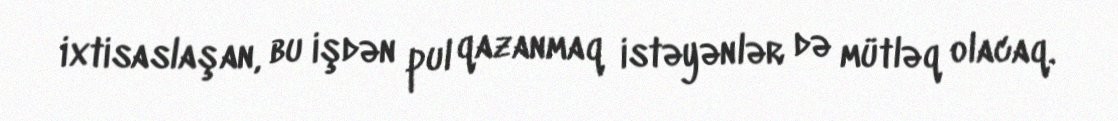
ixtisaslaşan, bu işdən pul qazanmaq istəyənlər də mütləq olacaq.